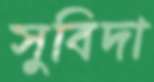
সুবিদা